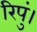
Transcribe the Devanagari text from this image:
रिपुं।